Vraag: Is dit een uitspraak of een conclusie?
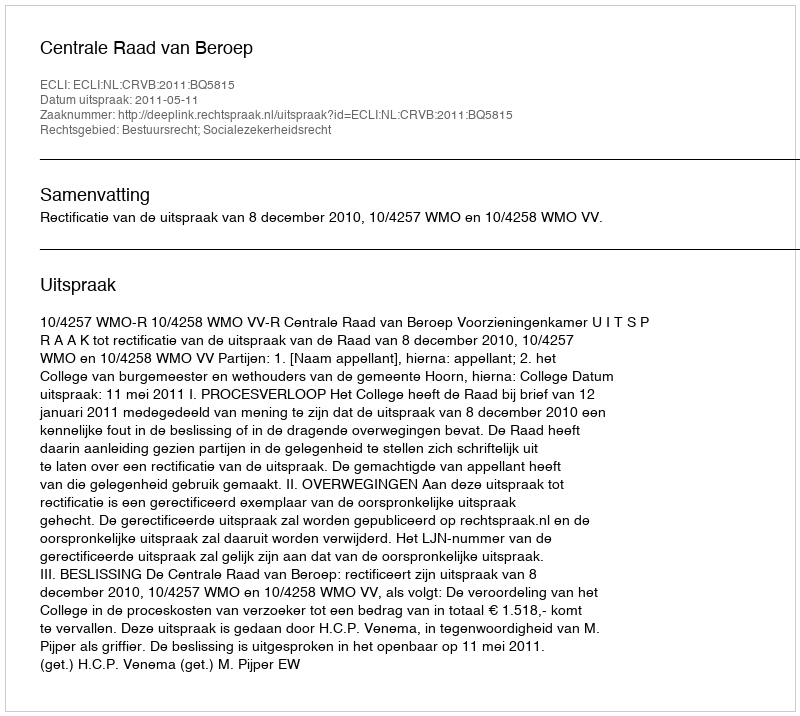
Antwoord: Uitspraak